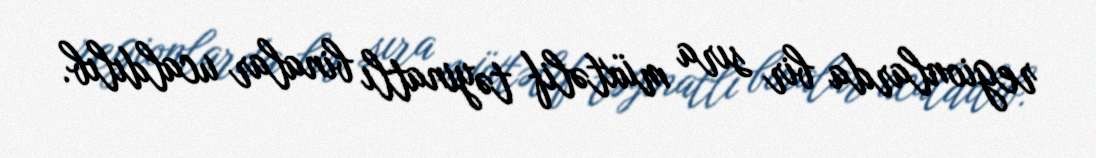
regionlarda bir sıra müxtəlif təyinatlı binalar ucaldılıb.